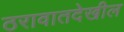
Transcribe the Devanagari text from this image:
ठरावातदेखील